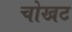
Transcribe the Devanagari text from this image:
चोखट